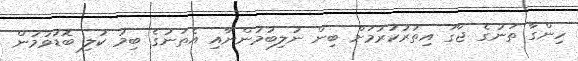
ހިންގާ ތަނުގެ ޖާގަ އިތުރުކުރުމަށް ބިން ނުލިބުމުންނާއި އެތަނުގެ ބިމު ކުލި ބޮޑުވުމުން